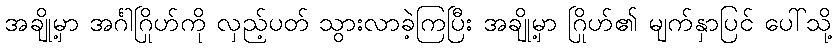
အချို့မှာ အင်္ဂါဂြိုဟ်ကို လှည့်ပတ် သွားလာခဲ့ကြပြီး အချို့မှာ ဂြိုဟ်၏ မျက်နှာပြင် ပေါ်သို့